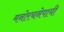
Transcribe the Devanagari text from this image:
मनोरचनेपायी